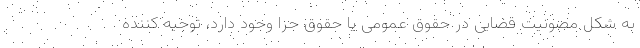
به شکل مصونیت قضایی در حقوق عمومی یا حقوق جزا وجود دارد، توجیه کننده